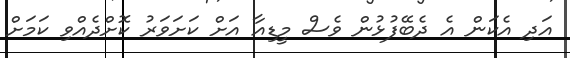
އަދި އެކަން އެ ދެބޭފުޅުން ވެސް މީޑިއާ އަށް ކަށަވަރު ކޮށްދެއްވި ކަމަށް